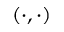
( \cdot , \cdot )